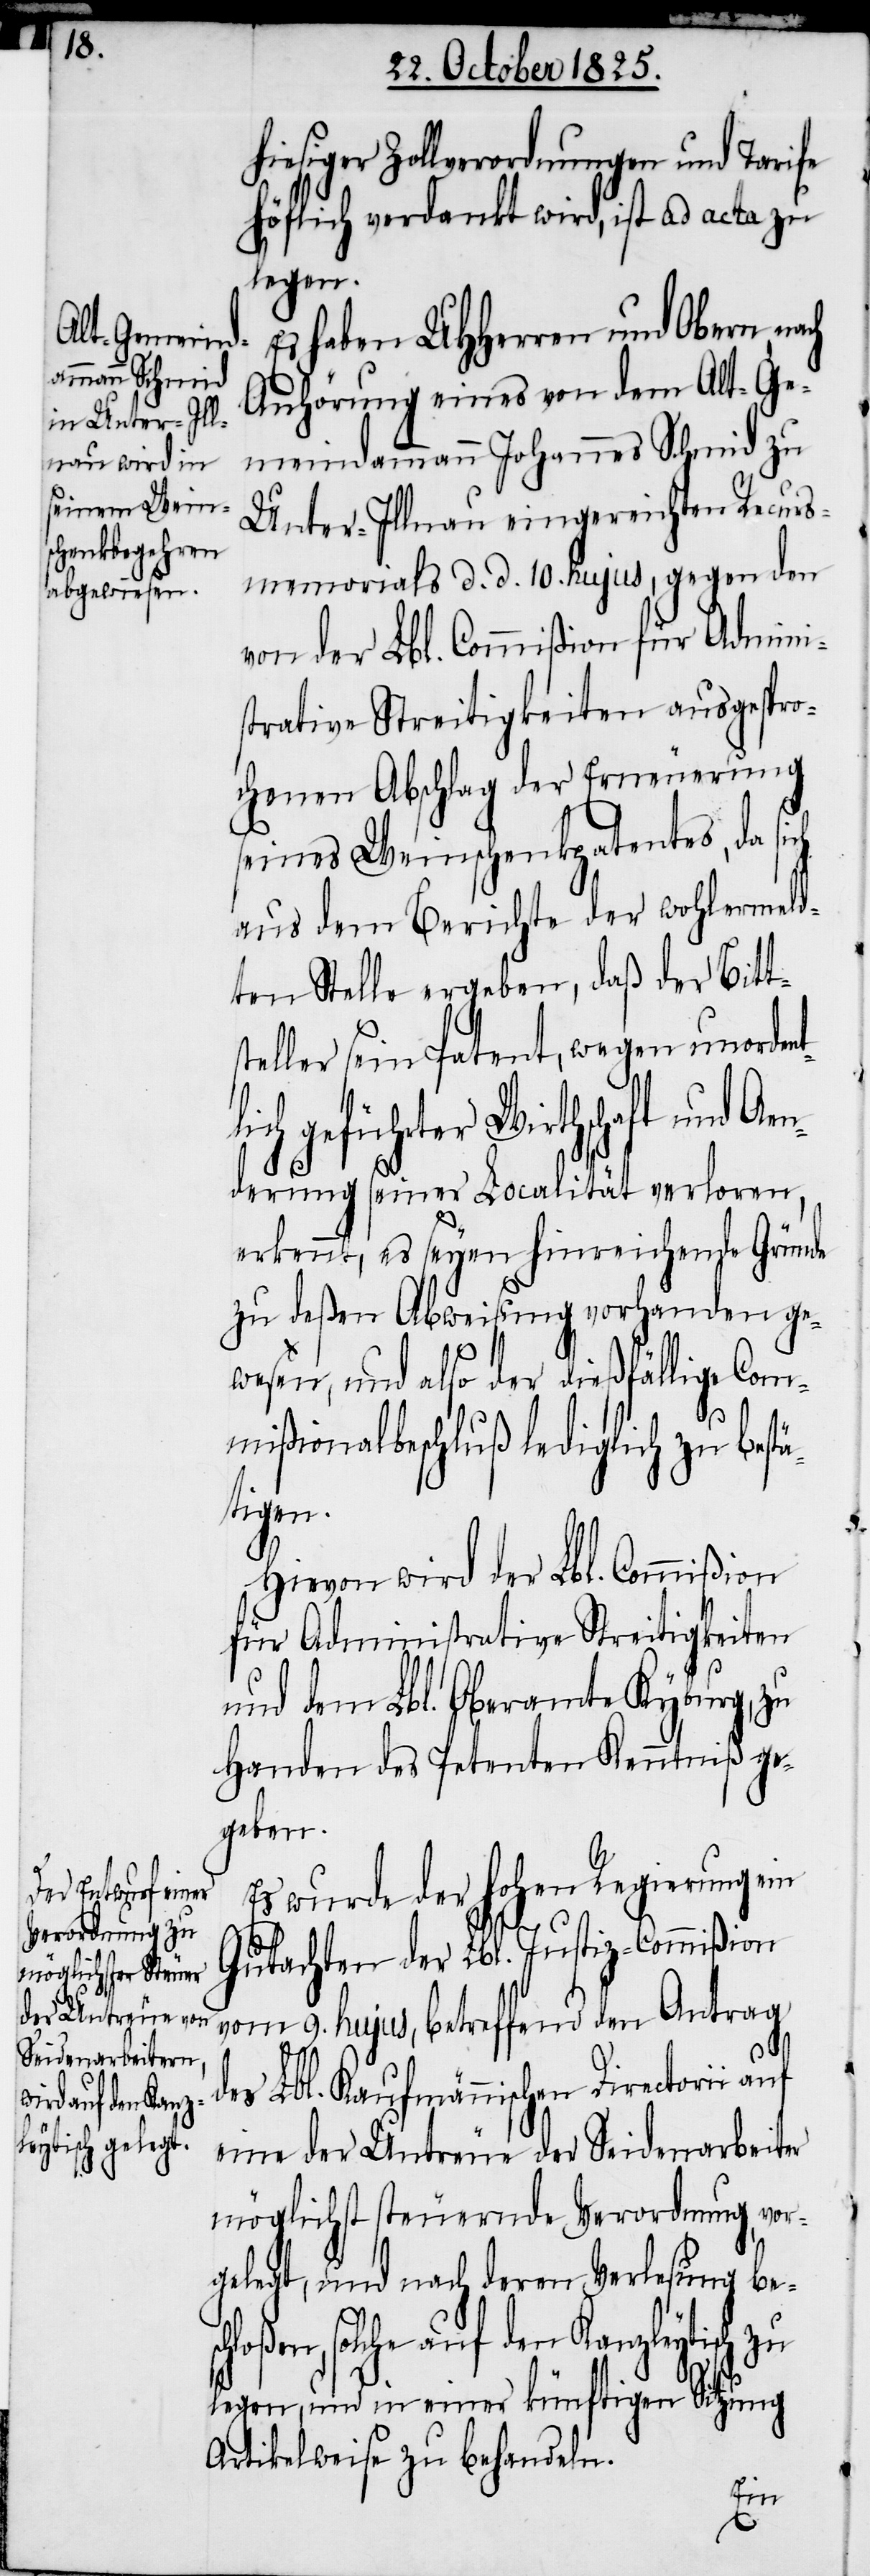
tlich gefü¬

hiesiger Zollverordnungen und Tarife
höflich verdankt wird, ist ad acta zu
legen.
Es haben UHHerren und Obern,
Anhörung eines von dem Alt-Ge¬
meindammann Johannes Schmid zu
Unter-Illnau eingereichten Recurs¬
memorials d. d. 10. hujus, gegen den
von der Lbl. Commißion für Admini¬
strative Streitigkeiten ausgespro¬
chenen Abschlag der Erneuerung
seines Weinschenkpatentes, da sich
aus dem Bericht der wohlermeld¬
ten Stelle ergeben, daß der Bitts¬
teller sein Patent, wegen unorden¬
hrter Wirthschaft und
derung seiner Localität verloren,
erkennt, es seyen hinreichende Gründe
zu deßen Abweisung vorhanden ge¬
wesen, und also der dießfällige Com¬
mißionalbeschluß lediglich zu bestä¬
tigen.
Hievon wird der Lbl. Commißion
für Administrative Streitigkeiten
und dem Lbl. Oberamte Kyburg, zu
Handen des Petenten Kenntniß ge¬
geben.
Es wurde der hohen Regierung ein
Gutachten der Lbl. Justiz-Commißion
vom 9. hujus, betreffend den Antrag
des Lbl. Kaufmännischen Directorii auf
eine der Untreue der Seidenarbeiter
möglichst steuernde Verordnung, vor¬
gelegt, und nach deren Verlesung b¬
auf den Kanzleytisch zu
legen, und in einer künftigen Sitzung
Artikelweise zu behandeln.
Aen¬